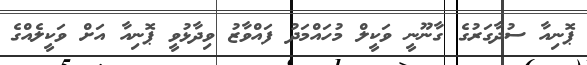
ޕޮނިއާ ސުދާގަރުގެ ގާނޫނީ ވަކީލް މުހައްމަދު ފައްވާޒު ވިދާޅުވީ ޕޮނިއާ އަށް ވަކީލެއްގެ